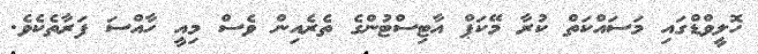
ހޮލީވްޑްގައި މަސައްކަތް ކުރާ މޭކަޕް އާޓިސްޓުންގެ ތެރެއިން ވެސް މިއީ ހާއްސަ ފަރާތެކެވެ.